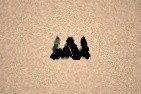
bilər.